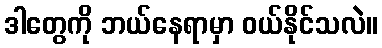
ဒါတွေကို ဘယ်နေရာမှာ ဝယ်နိုင်သလဲ။